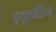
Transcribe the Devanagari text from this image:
ड्यूनडिन